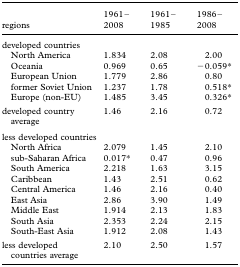
<table><thead><tr><td><b>regions</b></td><td><b>1961–2008</b></td><td><b>1961–1985</b></td><td><b>1986–2008</b></td></tr></thead><tbody><tr><td colspan="4">developed countries</td></tr><tr><td> North America</td><td>1.834</td><td>2.08</td><td>2.00</td></tr><tr><td> Oceania</td><td>0.969</td><td>0.65</td><td>−0.059*</td></tr><tr><td> European Union</td><td>1.779</td><td>2.86</td><td>0.80</td></tr><tr><td> former Soviet Union</td><td>1.237</td><td>1.78</td><td>0.518*</td></tr><tr><td> Europe (non-EU)</td><td>1.485</td><td>3.45</td><td>0.326*</td></tr><tr><td>developed country average</td><td>1.46</td><td>2.16</td><td>0.72</td></tr><tr><td colspan="4">less developed countries</td></tr><tr><td> North Africa</td><td>2.079</td><td>1.45</td><td>2.10</td></tr><tr><td> sub-Saharan Africa</td><td>0.017*</td><td>0.47</td><td>0.96</td></tr><tr><td> South America</td><td>2.218</td><td>1.63</td><td>3.15</td></tr><tr><td> Caribbean</td><td>1.43</td><td>2.51</td><td>0.62</td></tr><tr><td> Central America</td><td>1.46</td><td>2.16</td><td>0.40</td></tr><tr><td> East Asia</td><td>2.86</td><td>3.90</td><td>1.49</td></tr><tr><td> Middle East</td><td>1.914</td><td>2.13</td><td>1.83</td></tr><tr><td> South Asia</td><td>2.353</td><td>2.24</td><td>2.15</td></tr><tr><td> South-East Asia</td><td>1.912</td><td>2.08</td><td>1.43</td></tr><tr><td>less developed countries average</td><td>2.10</td><td>2.50</td><td>1.57</td></tr></tbody></table>